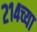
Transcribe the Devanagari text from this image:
२१४च्या